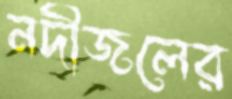
নদীজলের